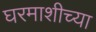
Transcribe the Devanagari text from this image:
घरमाशीच्या